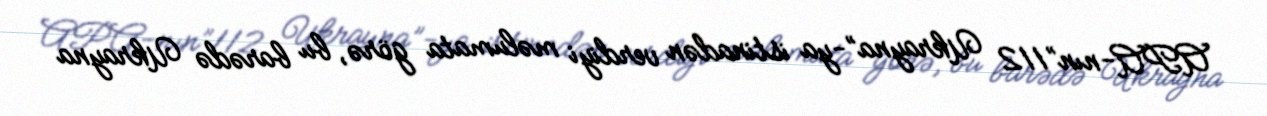
APA-nın”112 Ukrayna”-ya istinadən verdiyi məlumata görə, bu barədə Ukrayna